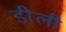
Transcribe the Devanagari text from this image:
डीली